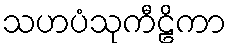
သဟပံသုကီဠိကာ